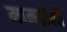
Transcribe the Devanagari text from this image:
मामड़ोली